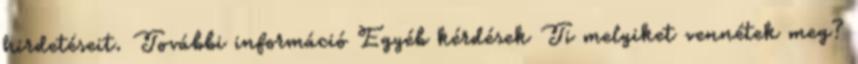
hirdetéseit. További információ Egyéb kérdések Ti melyiket vennétek meg?